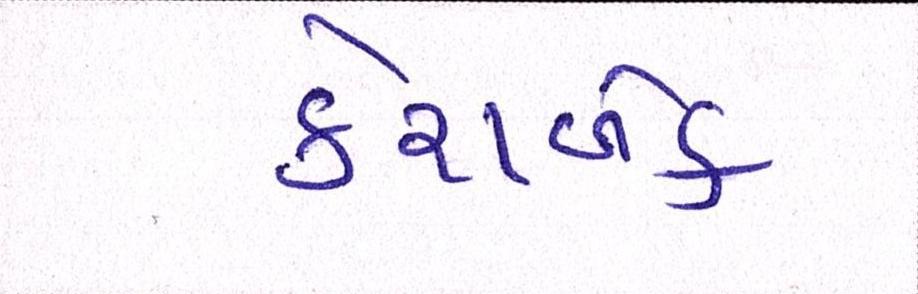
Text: કેશબેક